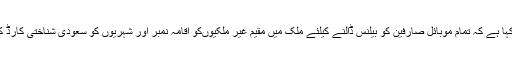
بورڈ نے اعلامیہ جاری کرتے ہوئے کہا ہے کہ تمام موبائل صارفین کو بیلنس ڈالنے کیلئے ملک میں مقیم غیر ملکیوںکو اقامہ نمبر اور شہریوں کو سعودی شناختی کارڈ کا نمبر ڈالنے کی ضرورت نہیں ہوگی۔